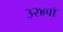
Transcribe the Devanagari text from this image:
३२४वॉ